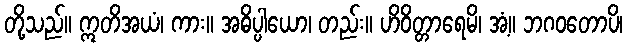
တို့သည်။ ဣတိအယံ၊ ကား။ အဓိပ္ပါယော၊ တည်း။ ဟိဝိတ္တာရေမိ၊ အံ့။ ဘဂဝတောပိ၊